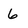
Character: 6